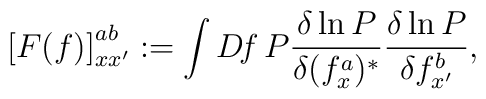
\left[ F(f)\right]^{ab}_{xx'} :=\int D\! f\, P\frac{\delta\ln P}{\delta(f^a_x)^*}\frac{\delta\ln P}{\delta f^b_{x'}} ,